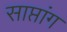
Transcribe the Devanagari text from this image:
साप्तांग